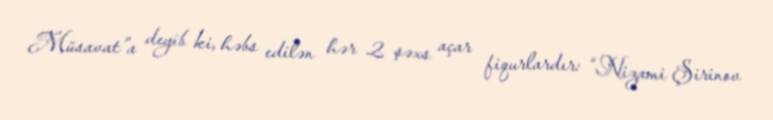
Müsavat”a deyib ki, həbs edilən hər 2 şəxs açar fiqurlardır: “Nizami Şirinov